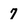
Character: 7